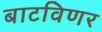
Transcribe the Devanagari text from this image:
बाटविणर